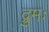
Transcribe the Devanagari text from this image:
द्रुमः